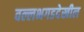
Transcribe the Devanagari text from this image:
वल्लभगडदेखील